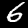
Label: 6